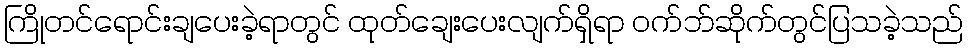
ကြိုတင်ရောင်းချပေးခဲ့ရာတွင် ထုတ်ချေးပေးလျက်ရှိရာ ဝက်ဘ်ဆိုက်တွင်ပြသခဲ့သည်